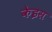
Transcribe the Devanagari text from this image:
केइस